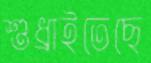
শুধ্‌রাইতেছে